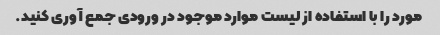
مورد را با استفاده از لیست موارد موجود در ورودی جمع آوری کنید.